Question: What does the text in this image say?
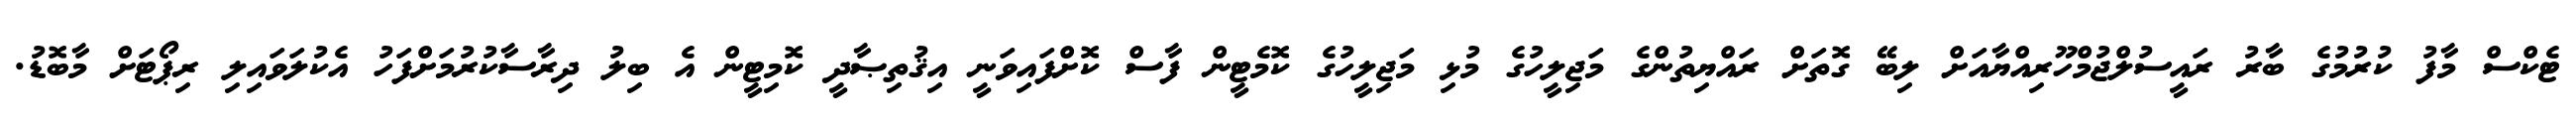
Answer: ޓެކްސް މާފު ކުރުމުގެ ބާރު ރައީސުލްޖުމްހޫރިއްޔާއަށް ލިބޭ ގޮތަށް ރައްޔިތުންގެ މަޖިލީހުގެ މުޅި މަޖިލީހުގެ ކޮމެޓީން ފާސް ކޮށްފައިވަނީ އިޤުތިޞާދީ ކޮމިޓީން އެ ބިލު ދިރާސާކުރުމަށްފަހު އެކުލަވައިލި ރިޕޯޓަށް މާބޮޑު.